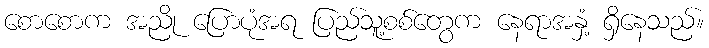
စောစောက အညို ပြောပုံအရ ပြည်သူ့စစ်တွေက နေရာအနှံ့ ရှိနေသည်။